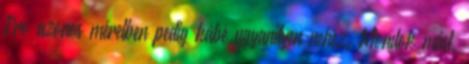
Pro azonos méretben pedig kábé ugyanilyen nehéz. Mondok mást.